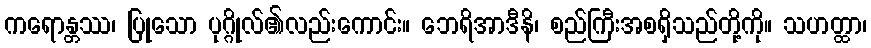
ကရောန္တဿ၊ ပြုသော ပုဂ္ဂိုလ်၏လည်းကောင်း။ ဘေရိအာဒီနိ၊ စည်ကြီးအစရှိသည်တို့ကို။ သဟတ္ထာ၊